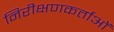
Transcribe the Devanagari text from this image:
निरीक्षणकर्ताओं